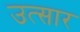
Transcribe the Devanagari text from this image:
उत्सार